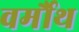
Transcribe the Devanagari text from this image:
वर्मौथ